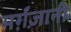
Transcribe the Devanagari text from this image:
मर्ग़ज़ानी